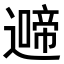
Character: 𮟍